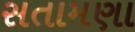
સતામણા